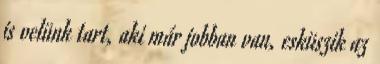
is velünk tart, aki már jobban van, esküszik az